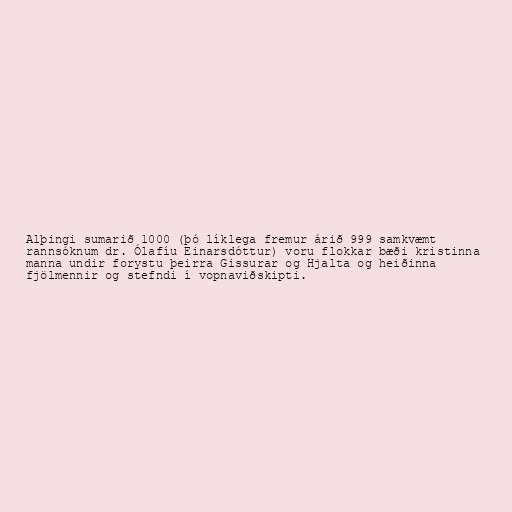
Alþingi sumarið 1000 (þó líklega fremur árið 999 samkvæmt
rannsóknum dr. Ólafíu Einarsdóttur) voru flokkar bæði kristinna
manna undir forystu þeirra Gissurar og Hjalta og heiðinna
fjölmennir og stefndi í vopnaviðskipti.